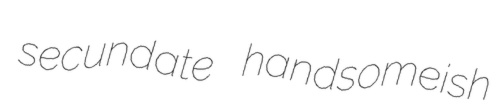
secundate handsomeish